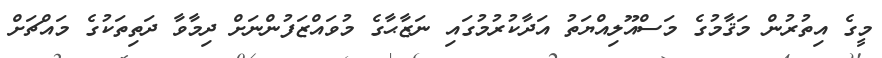
މީގެ އިތުރުން މަޤާމުގެ މަސްއޫލިއްޔަތު އަދާކުރުމުގައި ނަޒާޙާގެ މުވައްޒަފުންނަށް ދިމާވާ ދަތިތަކުގެ މައްޗަށް